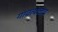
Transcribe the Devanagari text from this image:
गावत्याताय